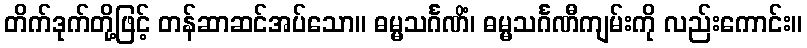
တိက်ဒုက်တို့ဖြင့် တန်ဆာဆင်အပ်သော။ ဓမ္မသင်္ဂဏိံ၊ ဓမ္မသင်္ဂဏီကျမ်းကို လည်းကောင်း။